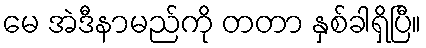
မေ အဲဒီနာမည်ကို တတာ နှစ်ခါရှိပြီ။